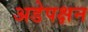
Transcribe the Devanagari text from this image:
अडेपक्षन